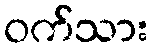
ဝက်သား